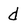
Character: d